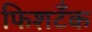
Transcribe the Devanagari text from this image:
फिशटँक